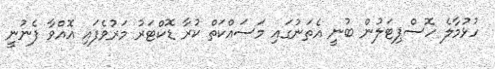
ހުޅުމާލެ ހޮސްޕިޓަލުން ބުނީ އެތަނުގައި މަސައްކަތް ކުރާ ޑޮކްޓަރު މަރުވެފައި އޮއްވާ ފެނުނީ